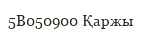
5В050900 Қаржы